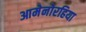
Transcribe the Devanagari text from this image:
आमेनोरहिया